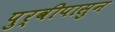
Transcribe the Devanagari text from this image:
पुर्वीपासुन